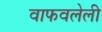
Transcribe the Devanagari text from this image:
वाफवलेली